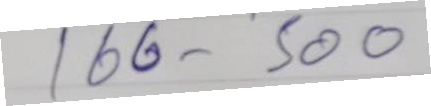
166 - 500